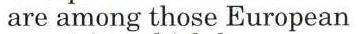
 are among those European